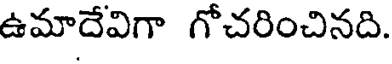
ఉమాదేవిగా గోచరించినది.